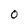
Character: 0